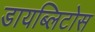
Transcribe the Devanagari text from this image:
डायब्लिटोस